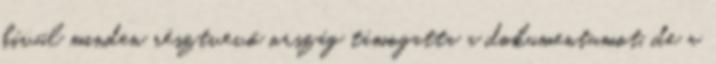
kívül minden résztvevő ország támogatta a dokumentumot, de a